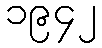
၁၉၄၂